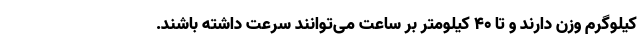
کیلوگرم وزن دارند و تا 40 کیلومتر بر ساعت می‌توانند سرعت داشته باشند.